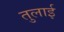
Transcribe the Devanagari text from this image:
तुलाई